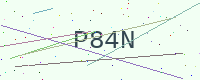
Text: P84N